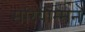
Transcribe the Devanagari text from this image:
मरियाम्मन